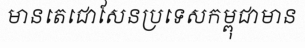
មានតេជោសែនប្រទេសកម្ពុជាមាន